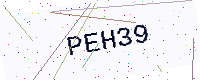
Text: PEH39